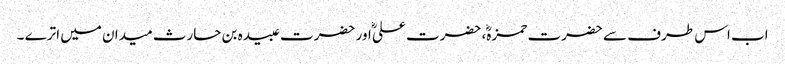
اب اس طرف سے حضرت حمزہؓ، حضرت علیؓ اور حضرت عبیدہ بن حارث میدان میں اترے ۔